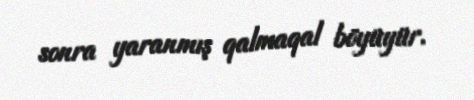
sonra yaranmış qalmaqal böyüyür.